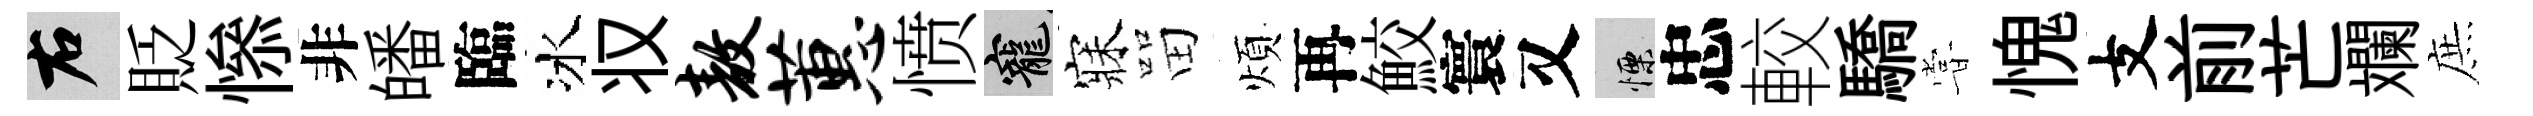
右貶𢡖非皤臨冰𠬧敖蕙愤寵寐㽞煩再鮫寰又慄忠較驕甞愧支前芒斕庶